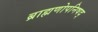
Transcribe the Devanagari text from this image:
ब्राह्मणोपनिषद्